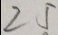
2 5